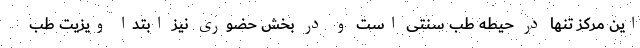
این مرکز تنها در حیطه طب سنتی است و در بخش حضوری نیز ابتدا ویزیت طب